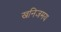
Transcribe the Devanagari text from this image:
खनिजमय